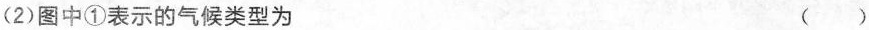
(2)图中①表示的气候类型为 ()